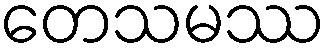
တေသမဿ